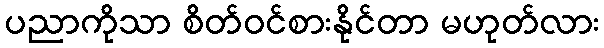
ပညာကိုသာ စိတ်ဝင်စားနိုင်တာ မဟုတ်လား